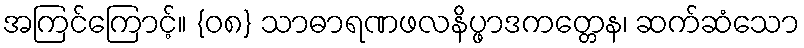
အကြင်ကြောင့်။ {၀၈} သာဓာရဏဖလနိပ္ဖာဒကတ္တေန၊ ဆက်ဆံသော